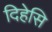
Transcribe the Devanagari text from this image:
दिहेसि